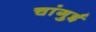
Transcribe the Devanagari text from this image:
चांगुई